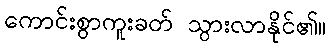
ကောင်းစွာကူးခတ် သွားလာနိုင်၏။